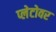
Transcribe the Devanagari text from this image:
प्लेटोवर